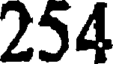
254